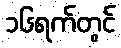
၁၆ရက်တွင်